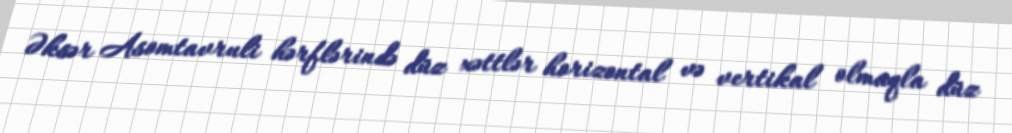
Əksər Asomtavruli hərflərində düz xəttlər horizontal və vertikal olmaqla düz